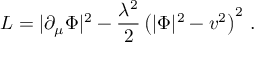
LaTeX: { \cal L } = | \partial _ { \mu } \Phi | ^ { 2 } - { \frac { \lambda ^ { 2 } } { 2 } } \left( | \Phi | ^ { 2 } - v ^ { 2 } \right) ^ { 2 } \, .